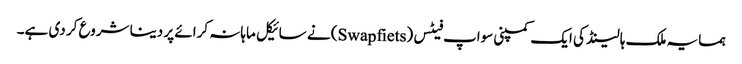
ہمسایہ ملک ہالینڈ کی ایک کمپنی سواپ فیٹس (Swapfiets) نے سائیکل ماہانہ کرائے پر دینا شروع کر دی ہے۔